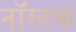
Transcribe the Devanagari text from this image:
नॉस्टक